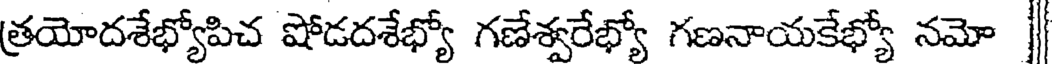
త్రయోదశేభ్యోపిచ షోడదశేభ్యో గణేశ్వరేభ్యో గణనాయకేభ్యో నమో |